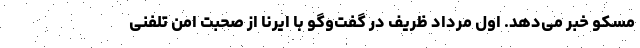
مسکو خبر می‌دهد. اول مرداد ظریف در گفت‌وگو با ایرنا از صحبت امن تلفنی